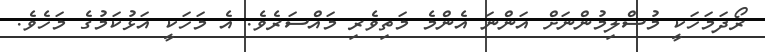
ރޯދަމަހަކީ މުސްލިމުންނަށް އަންނަ އެންމެ މަތިވެރި މައްސަރެވެ. އެ މަހަކީ އަޅުކަމުގެ މަހެވެ.